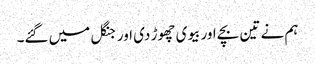
ہم نے تین بچے اور بیوی چھوڑ دی اور جنگل میں گئے۔